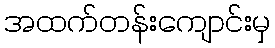
အထက်တန်းကျောင်းမှ